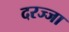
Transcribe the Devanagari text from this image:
दरज्जा